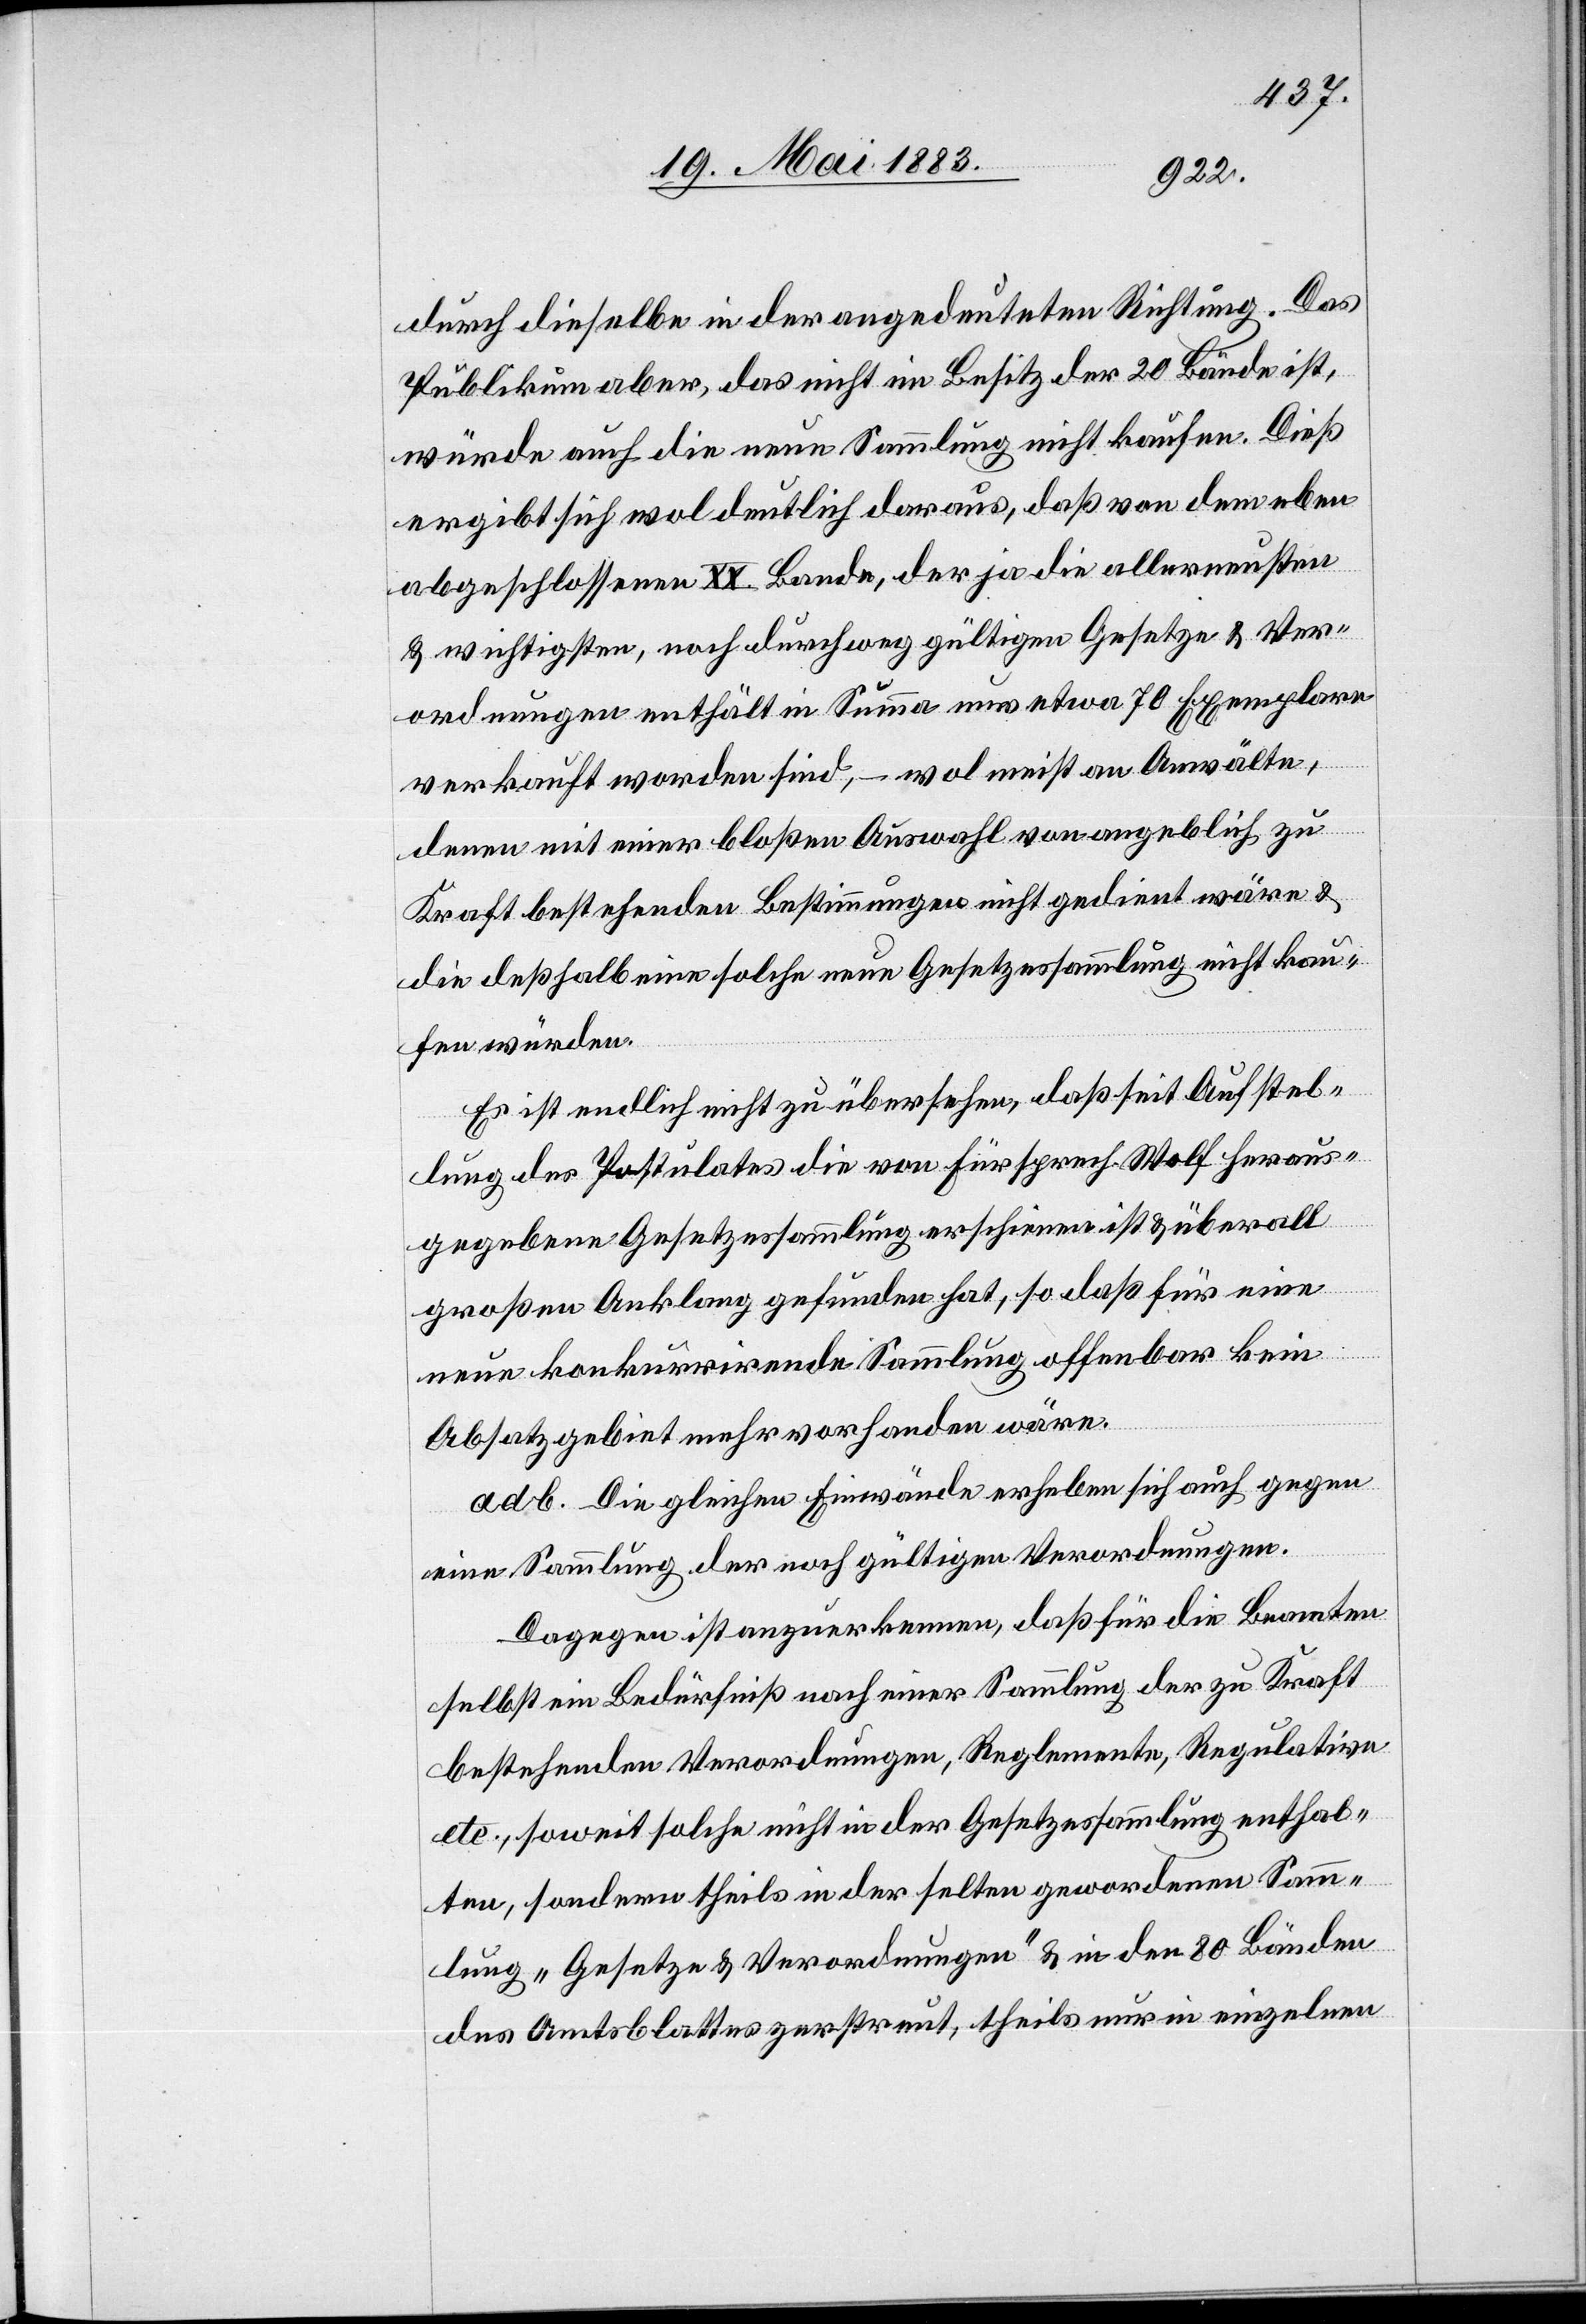
durch dieselbe in der angedeuteten Richtung. Das
Publikum aber, das nicht im Besitz der 20 Bände ist,
würde auch die neue Sammlung nicht kaufen. Dieß
ergibt sich wol deutlich daraus, daß von dem eben
abgeschlossenen XX. Bande, der ja die allerneusten
& Wichtigsten, noch durchweg gültigen Gesetze & Ver¬
ordnungen enthält in Summa nur etwa 70 Exemplare
verkauft worden sind, – wol meist an Anwälte,
denen mit einer bloßen Auswahl von angeblich zu
Kraft bestehenden Bestimmungen nicht gedient wäre &
die deßhalb eine solche neue Gesetzessammlung nicht kau¬
fen würden.
Es ist endlich nicht zu übersehen, daß seit Aufstel¬
lung des Postulates die von Fürsprech Wolf heraus¬
gegebene Gesetzessammlung erschienen ist & überall
großen Anklang gefunden hat, so daß für eine
neue konkurrirende Sammlung offenbar kein
Absatzgebiet mehr vorhanden wäre.
ad. b. die gleichen Einwände erheben sich auch gegen
eine Sammlung der noch gültigen Verordnungen.
Dagegen ist anzuerkennen, daß für die Beamten
selbst ein Bedürfnis nach einer Sammlung der zu Kraft
bestehenden Verordnungen, Reglemente, Regulative
etc., soweit solche nicht in der Gesetzessammlung enthal¬
ten, sondern theils in der selten gewordenen Samm¬
lung „Gesetze & Verordnungen“ & in den 80 Bänden
des Amtsblattes zerstreut, theils nur in einzelnen